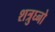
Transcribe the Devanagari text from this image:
शत्रुघ्नो